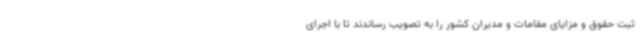
ثبت حقوق و مزایای مقامات و مدیران کشور را به تصویب رساندند تا با اجرای